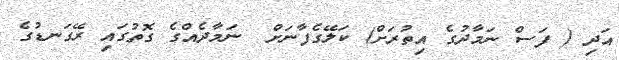
އަދި ( ފަސް ނަމާދުގެ އިތުރަށް) ކަލޭގެފާނަށް  ނަމާދެއްގެ ގޮތުގައި ރޭގަނޑުގެ